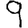
Digit: 9